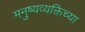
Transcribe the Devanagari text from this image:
मनुष्यव्यक्तिच्या